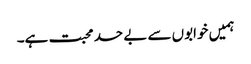
ہمیں خوابوں سے بے حد محبت ہے۔